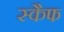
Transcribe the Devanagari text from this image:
स्कैफ